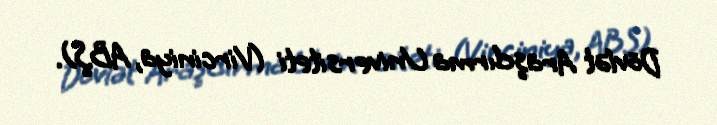
Dövlət Araşdırma Universiteti (Virciniya, ABŞ).